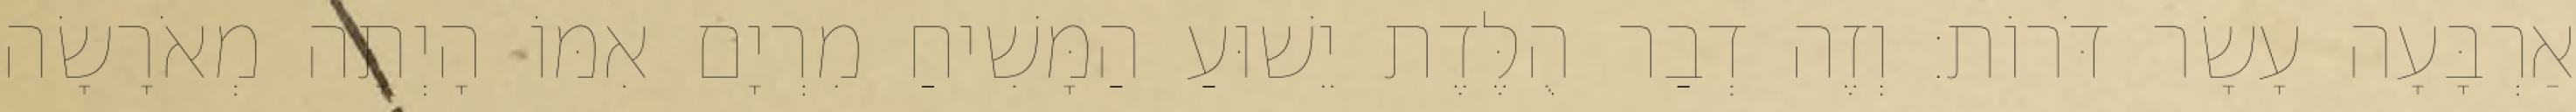
אַרְבָּעָה עָשָׂר דֹּרוֹת׃ וְזֶה דְבַר הֻלֶּדֶת יֵשׁוּעַ הַמָּשִׁיחַ מִרְיָם אִמּוֹ הָיְתָה מְאֹרָשָׂה